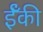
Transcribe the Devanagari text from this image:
ईँकी